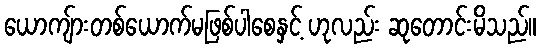
ယောကျ်ားတစ်ယောက်မဖြစ်ပါစေနှင့် ဟုလည်း ဆုတောင်းမိသည်။